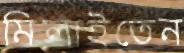
মিলাইতেন